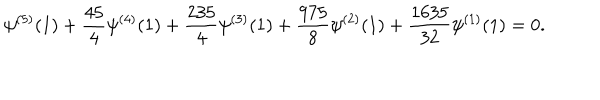
LaTeX: \psi ^ { ( 5 ) } ( 1 ) + \frac { 4 5 } { 4 } \psi ^ { ( 4 ) } ( 1 ) + \frac { 2 3 5 } { 4 } \psi ^ { ( 3 ) } ( 1 ) + \frac { 9 7 5 } { 8 } \psi ^ { ( 2 ) } ( 1 ) + \frac { 1 6 3 5 } { 3 2 } \psi ^ { ( 1 ) } ( 1 ) = 0 .